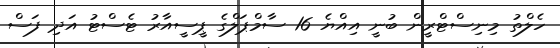
ހެލްތު މިނިސްޓްރީން ބުނީ އިއްޔެ 16 ސާމްޕަލްގެ ޕީސީއާރު ޓެސްޓު އަދި ފަސް